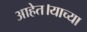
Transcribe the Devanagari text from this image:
आहेत।याच्या